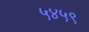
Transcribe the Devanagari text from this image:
५४५९